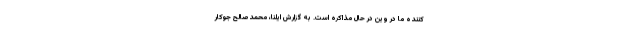
کننده ما در وین در حال مذاکره است. به گزارش ایلنا، محمدصالح جوکار